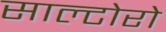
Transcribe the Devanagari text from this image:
साल्टोरो